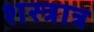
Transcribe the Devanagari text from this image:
शस्त्रात्र